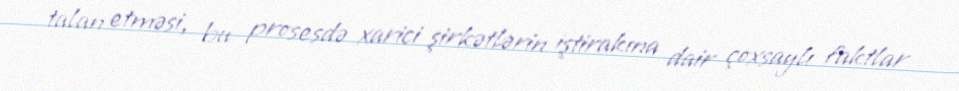
talan etməsi, bu prosesdə xarici şirkətlərin iştirakına dair çoxsaylı faktlar